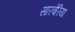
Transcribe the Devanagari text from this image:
सारबेरिया